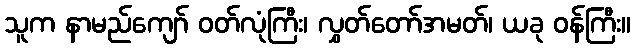
သူက နာမည်ကျော် ဝတ်လုံကြီး၊ လွှတ်တော်အမတ်၊ ယခု ဝန်ကြီး။